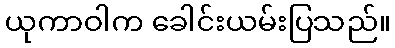
ယုကာဝါက ခေါင်းယမ်းပြသည်။